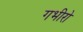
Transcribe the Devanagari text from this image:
गभीरो